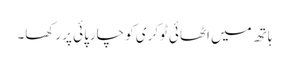
ہاتھ میں اٹھائی ٹوکری کو چارپائی پر رکھا۔